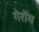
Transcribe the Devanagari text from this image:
गेरोंग